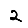
Digit: 2